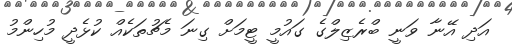
އަދި އޭނާ ވަނީ ބްރެޒިލްގެ ގައުމީ ޓީމަށް ގިނަ މެޗުތަކެއް ކުޅެދީ މުހިންމު